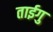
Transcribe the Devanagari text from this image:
ताईगु